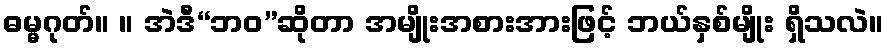
ဓမ္မဂုတ်။ ။ အဲဒီ“ဘဝ”ဆိုတာ အမျိုးအစားအားဖြင့် ဘယ်နှစ်မျိုး ရှိသလဲ။